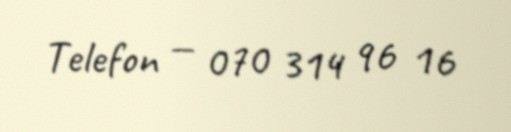
Telefon — 070 314 96 16